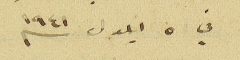
في ٥ ايلول سنه ١٩٤١